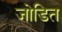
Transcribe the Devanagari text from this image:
जोडित